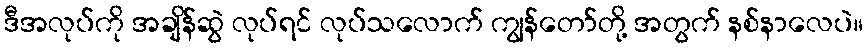
ဒီအလုပ်ကို အချိန်ဆွဲ လုပ်ရင် လုပ်သလောက် ကျွန်တော်တို့ အတွက် နစ်နာလေပဲ။